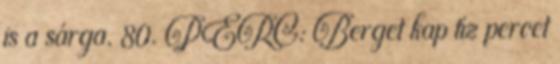
is a sárga. 80. PERC: Berget kap tíz percet